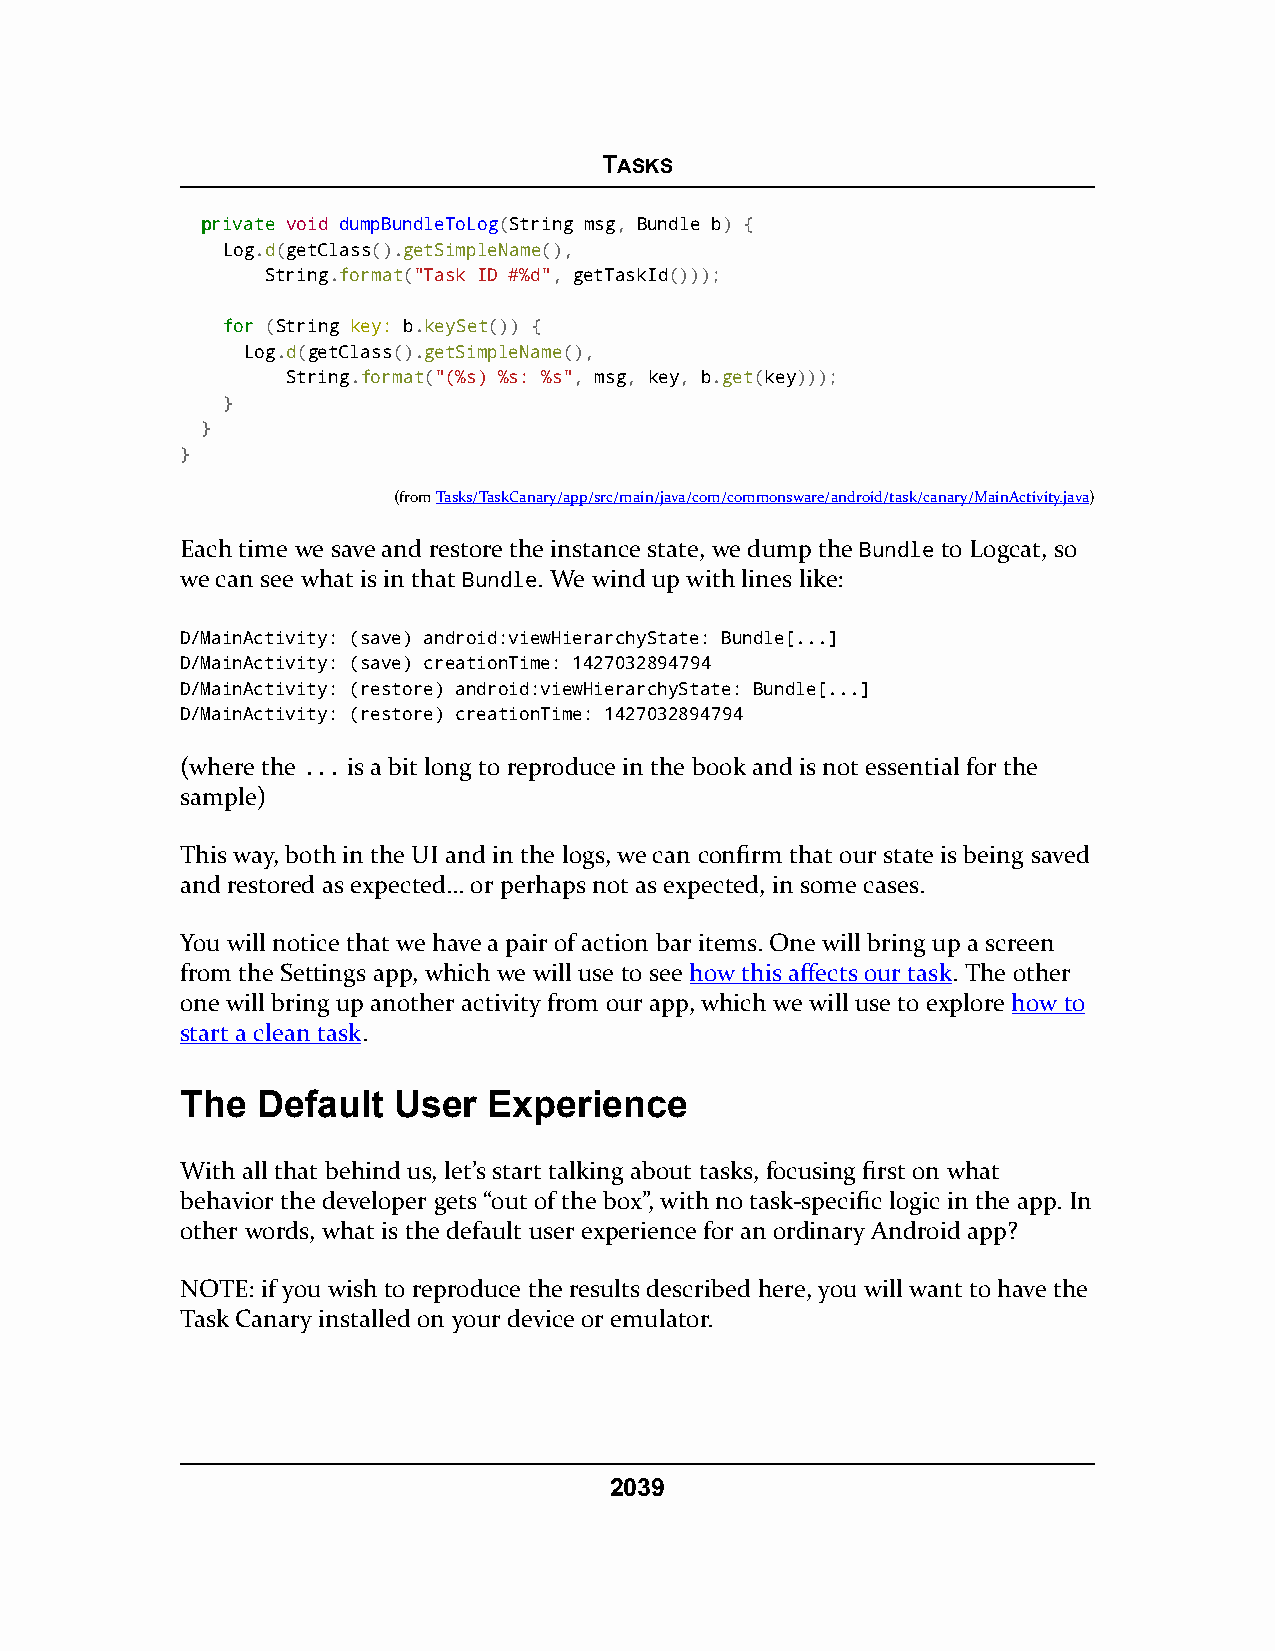
TASKS
 pprriivvaattee void dumpBundleToLog(String msg, Bundle b) {
 Log.d(getClass().getSimpleName(),
 String.format("Task ID #%d", getTaskId()));
 ffoorr (String key: b.keySet()) {
 Log.d(getClass().getSimpleName(),
 String.format("(%s) %s: %s", msg, key, b.get(key)));
 }
 }
 }
 (fromTasks/TaskCanary/app/src/main/java/com/commonsware/android/task/canary/MainActivity.java)
 Each time we save and restore the instance state, we dump the Bundle to Logcat, so
 we can see what is in that Bundle. We wind up with lines like:
 D/MainActivity: (save) android:viewHierarchyState: Bundle[...]
 D/MainActivity: (save) creationTime: 1427032894794
 D/MainActivity: (restore) android:viewHierarchyState: Bundle[...]
 D/MainActivity: (restore) creationTime: 1427032894794
 (where the ... is a bit long to reproduce in the book and is not essential for the
 sample)
 This way, both in the UI and in the logs, we can confirm that our state is being saved
 and restored as expected… or perhaps not as expected, in some cases.
 You will notice that we have a pair of action bar items. One will bring up a screen
 from the Settings app, which we will use to see how this affects our task. The other
 one will bring up another activity from our app, which we will use to explore how to
 start a clean task.
 The  Default  User  Experience
 With all that behind us, let’s start talking about tasks, focusing first on what
 behavior the developer gets “out of the box”, with no task-specific logic in the app. In
 other words, what is the default user experience for an ordinary Android app?
 NOTE: if you wish to reproduce the results described here, you will want to have the
 Task Canary installed on your device or emulator.
 2039